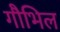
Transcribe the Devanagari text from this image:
गौभिल